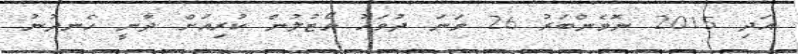
އަދި 2015 ނޮވެންބަރު 26 ވަނަ ދުވަހު ވޯޓުލުން ކުރިއަށް ދާނީ ހެނދުނު